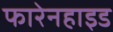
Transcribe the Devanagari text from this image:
फारेनहाइड